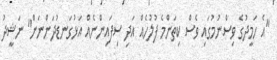
"އެ ހަމީދުގެ ވިސްނުމުގައި ވެސް ކިތަންމެ ފުލުހެއް އަދި ސިފައިންނެއް އަޅުގަނޑުދަންނަން" ނަޝީދު